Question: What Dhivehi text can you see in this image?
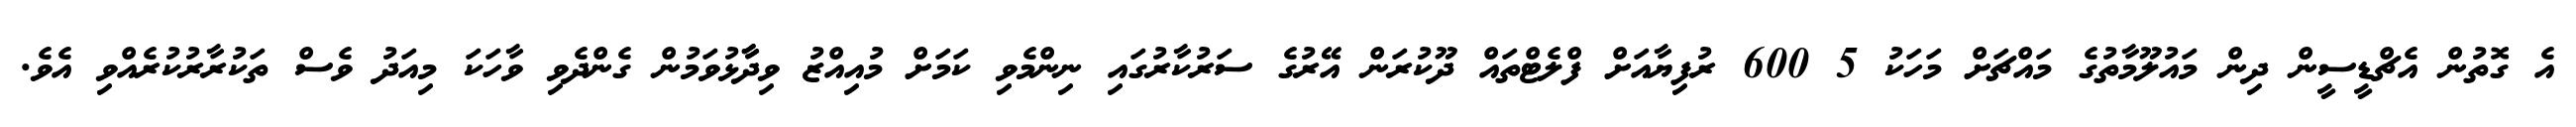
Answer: އެ ގޮތުން އެޗްޑީސީން ދިން މައުލޫމާތުގެ މައްޗަށް މަހަކު 5 600 ރުފިޔާއަށް ފްލެޓްތައް ދޫކުރަން އޭރުގެ ސަރުކާރުގައި ނިންމެވި ކަމަށް މުއިއްޒު ވިދާާޅުވަމުން ގެންދެވި ވާހަކަ މިއަދު ވެސް ތަކުރާރުކުރެއްވި އެވެ.